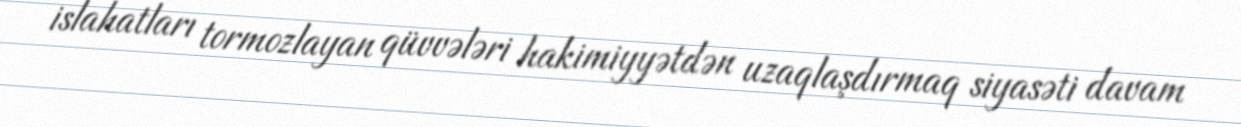
islahatları tormozlayan qüvvələri hakimiyyətdən uzaqlaşdırmaq siyasəti davam